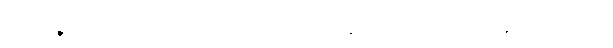
အာဒီနဝံ၊ အပြစ်ကို။ ပစ္စဝေ-က္ခိတွာ၊ ဆင်ခြင်၍။ ကာမနိဿရဏေ၊